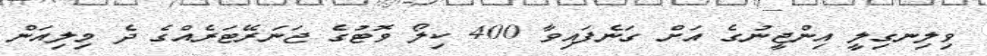
ވިލިނގިލީ އިންޖީނުގެ އަށް ގަނެފައިވާ 400 ކިލޯ ވޮޓުގެ ޖަނަރޭޓަރެއްގެ ދެ މިލިއަން